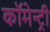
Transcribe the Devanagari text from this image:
कॉमेन्ट्री